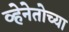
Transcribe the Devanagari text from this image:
व्हेनेतोच्या